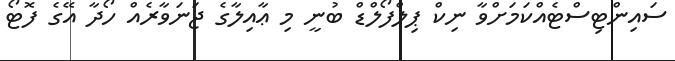
ސައިންޓިސްޓެއްކަމަށްވާ ނިކް ޕިލްފޯލްޑް ބުނީ މި ޢާއިލާގެ ޖަނަވާރެއް ހޯދާ އޭގެ ފޮޓޯ